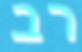
רב